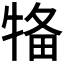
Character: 𤙳